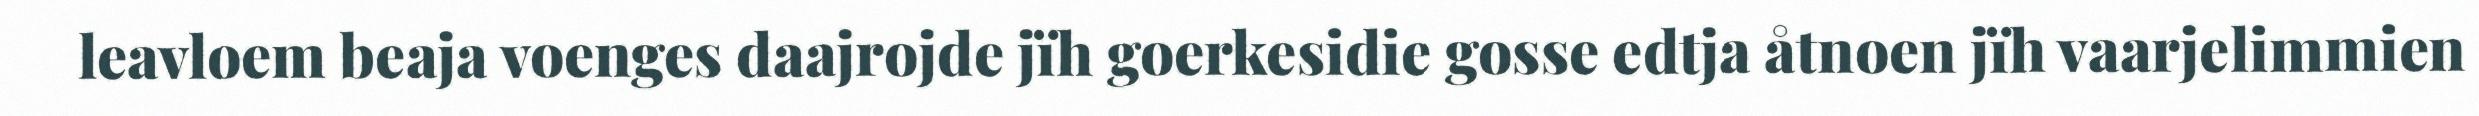
leavloem beaja voenges daajrojde jïh goerkesidie gosse edtja åtnoen jïh vaarjelimmien